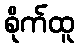
စိုက်ထူ